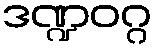
ဒဏ္ဍဝဂ္ဂ